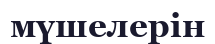
мүшелерін